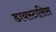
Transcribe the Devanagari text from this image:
डायस्टासिस